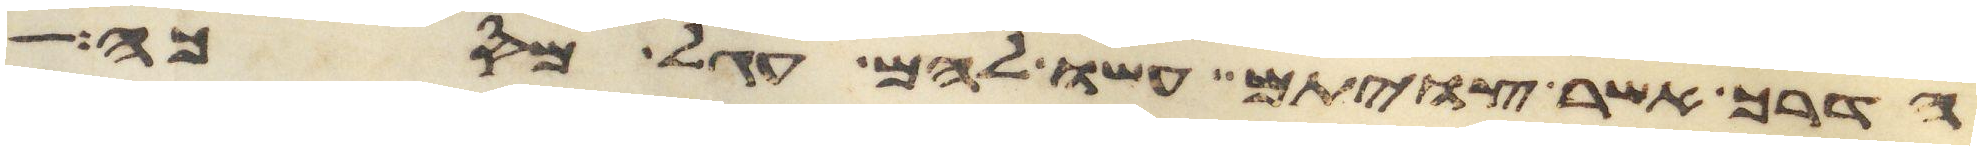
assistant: הדרך אשר צויתם עשו להם עגל מסכה